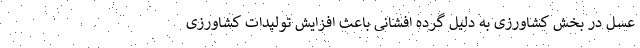
عسل در بخش کشاورزی به دلیل گرده افشانی باعث افزایش تولیدات کشاورزی